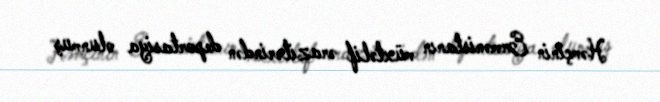
Həmçinin Ermənistanın müxtəlif ərazilərindən deportasiya olunmuş